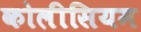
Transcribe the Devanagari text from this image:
कोलीसियम